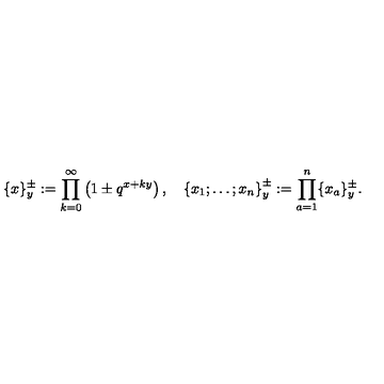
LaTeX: \{ x \} _ { y } ^ { \pm } : = \prod _ { k = 0 } ^ { \infty } \left( 1 \pm q ^ { x + k y } \right) , \quad \left\{ x _ { 1 } ; \ldots ; x _ { n } \right\} _ { y } ^ { \pm } : = \prod _ { a = 1 } ^ { n } \{ x _ { a } \} _ { y } ^ { \pm } .